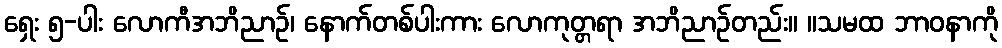
ရှေး ၅-ပါး လောကီအဘိညာဉ်၊ နောက်တစ်ပါးကား လောကုတ္တရာ အဘိညာဉ်တည်း။ ။သမထ ဘာဝနာကို